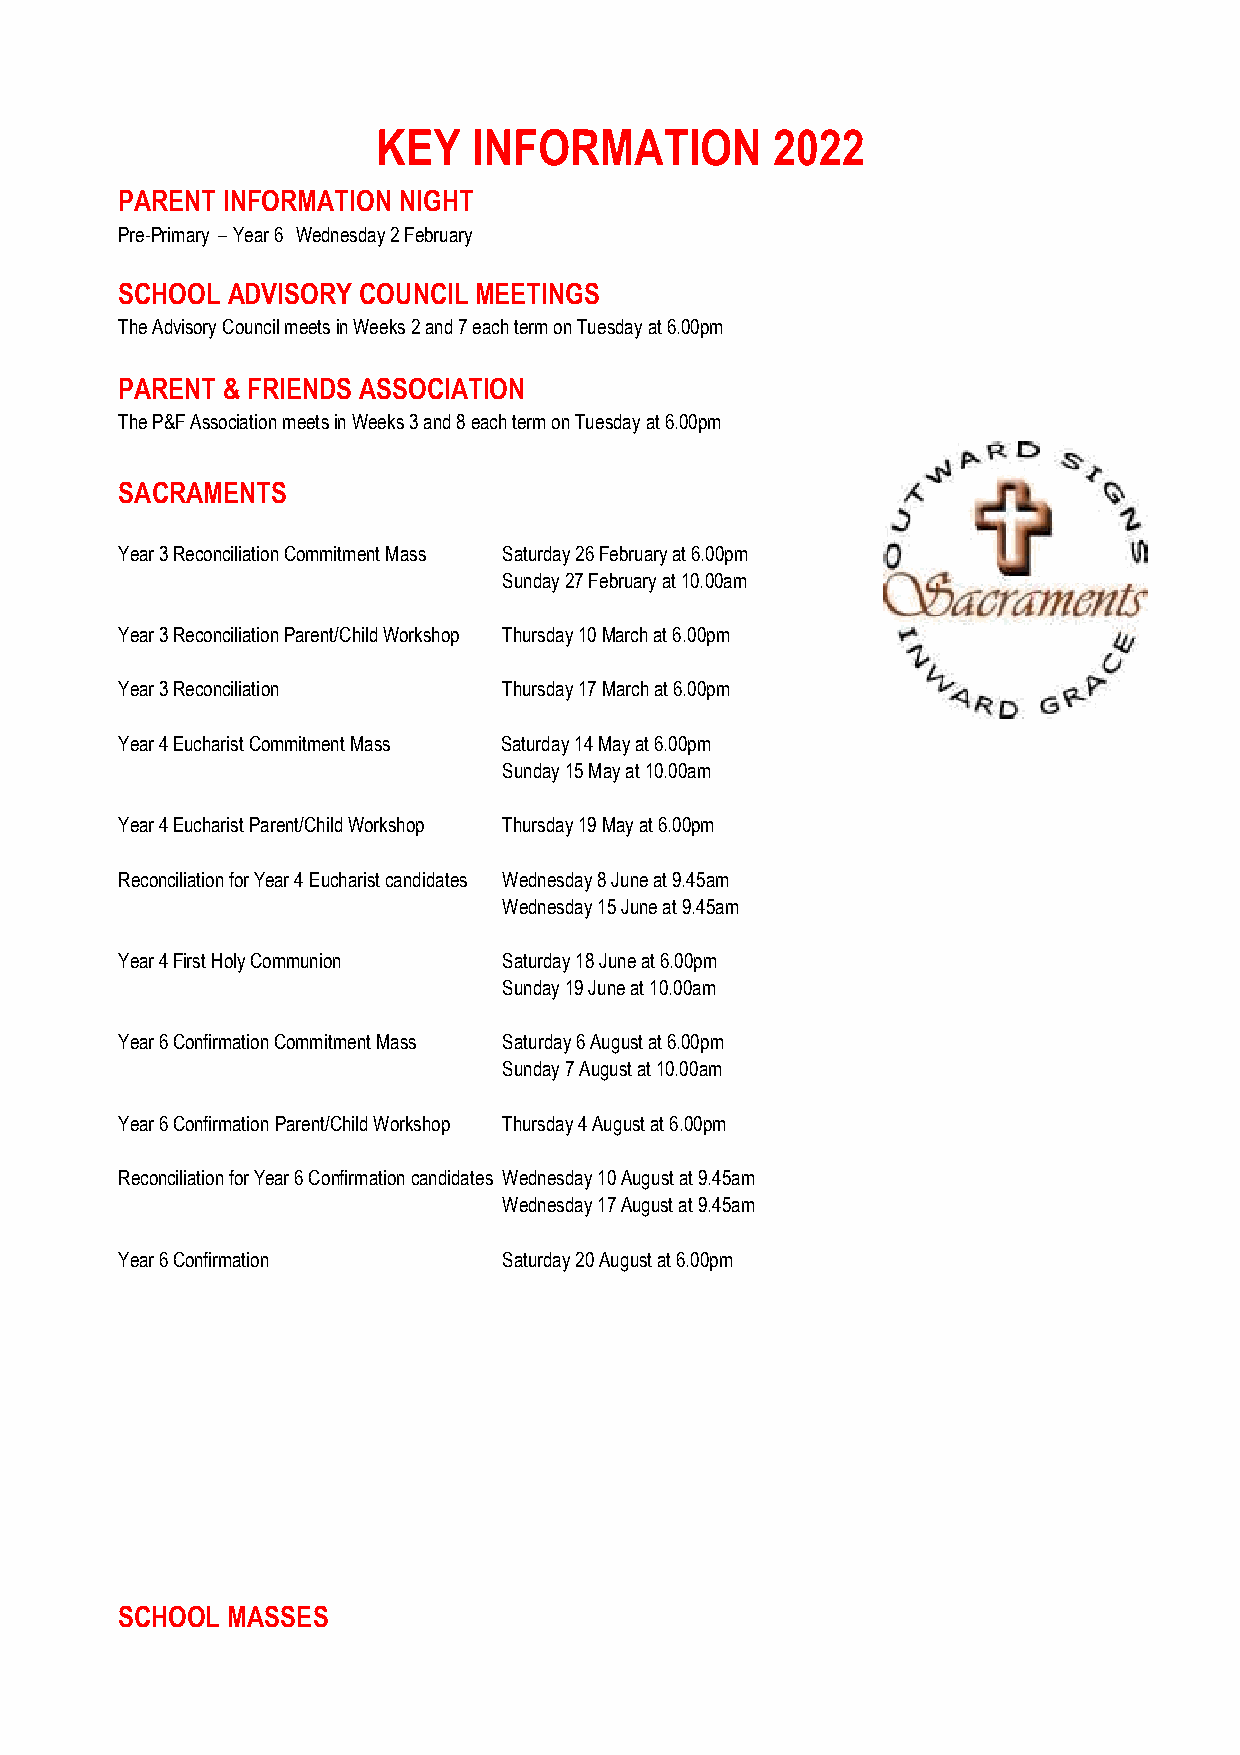
KEY   INFORMATION         2022
 PARENT INFORMATION NIGHT
 Pre-Primary – Year 6 Wednesday 2 February
 SCHOOL ADVISORY COUNCIL MEETINGS
 The Advisory Council meets in Weeks 2 and 7 each term on Tuesday at 6.00pm
 PARENT & FRIENDS ASSOCIATION
 The P&F Association meets in Weeks 3 and 8 each term on Tuesday at 6.00pm
 SACRAMENTS
 Year 3 Reconciliation Commitment Mass Saturday 26 February at 6.00pm
 Sunday 27 February at 10.00am
 Year 3 Reconciliation Parent/Child Workshop Thursday 10 March at 6.00pm
 Year 3 Reconciliation    Thursday 17 March at 6.00pm
 Year 4 Eucharist Commitment Mass Saturday 14 May at 6.00pm
 Sunday 15 May at 10.00am
 Year 4 Eucharist Parent/Child Workshop Thursday 19 May at 6.00pm
 Reconciliation for Year 4 Eucharist candidates Wednesday 8 June at 9.45am
 Wednesday 15 June at 9.45am
 Year 4 First Holy Communion Saturday 18 June at 6.00pm
 Sunday 19 June at 10.00am
 Year 6 Confirmation Commitment Mass Saturday 6 August at 6.00pm
 Sunday 7 August at 10.00am
 Year 6 Confirmation Parent/Child Workshop Thursday 4 August at 6.00pm
 Reconciliation for Year 6 Confirmation candidates Wednesday 10 August at 9.45am
 Wednesday 17 August at 9.45am
 Year 6 Confirmation      Saturday 20 August at 6.00pm
 SCHOOL MASSES